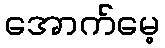
အောက်မေ့